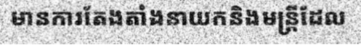
មានការតែងតាំងនាយកនិងមន្ត្រីដែល